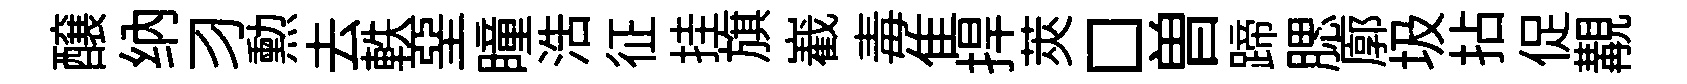
醸纳习勲去軼堊瞳浩征挂旗嶻毒隹捍莢□曽蹄腮廓圾拈促覯